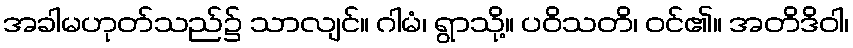
အခါမဟုတ်သည်၌ သာလျင်။ ဂါမံ၊ ရွာသို့။ ပဝိသတိ၊ ဝင်၏။ အတိဒိဝါ၊